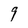
Character: 9